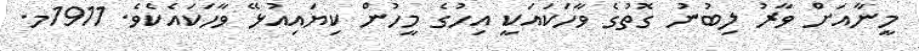
މީނާއަށް ވާރު ލިބުނު ގޮތުގެ ވާހަކައަކީ އިހުގެ މީހުން ކިޔައިއުޅޭ ވާހަކައެކެވެ. 1911މ.